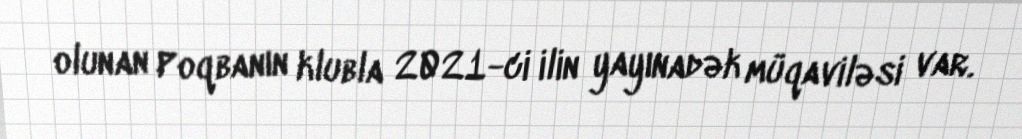
olunan Poqbanın klubla 2021-ci ilin yayınadək müqaviləsi var.